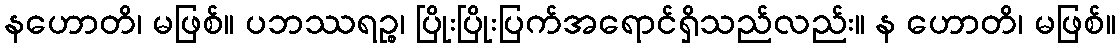
နဟောတိ၊ မဖြစ်။ ပဘဿရဉ္စ၊ ပြိုးပြိုးပြက်အရောင်ရှိသည်လည်း။ န ဟောတိ၊ မဖြစ်။